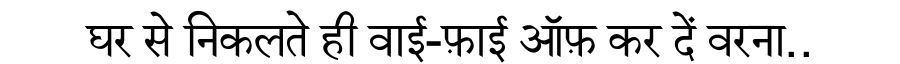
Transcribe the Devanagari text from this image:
घर से निकलते ही वाई-फ़ाई ऑफ़ कर दें वरना..